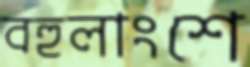
বহুলাংশে